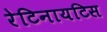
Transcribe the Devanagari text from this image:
रेटिनायटिस